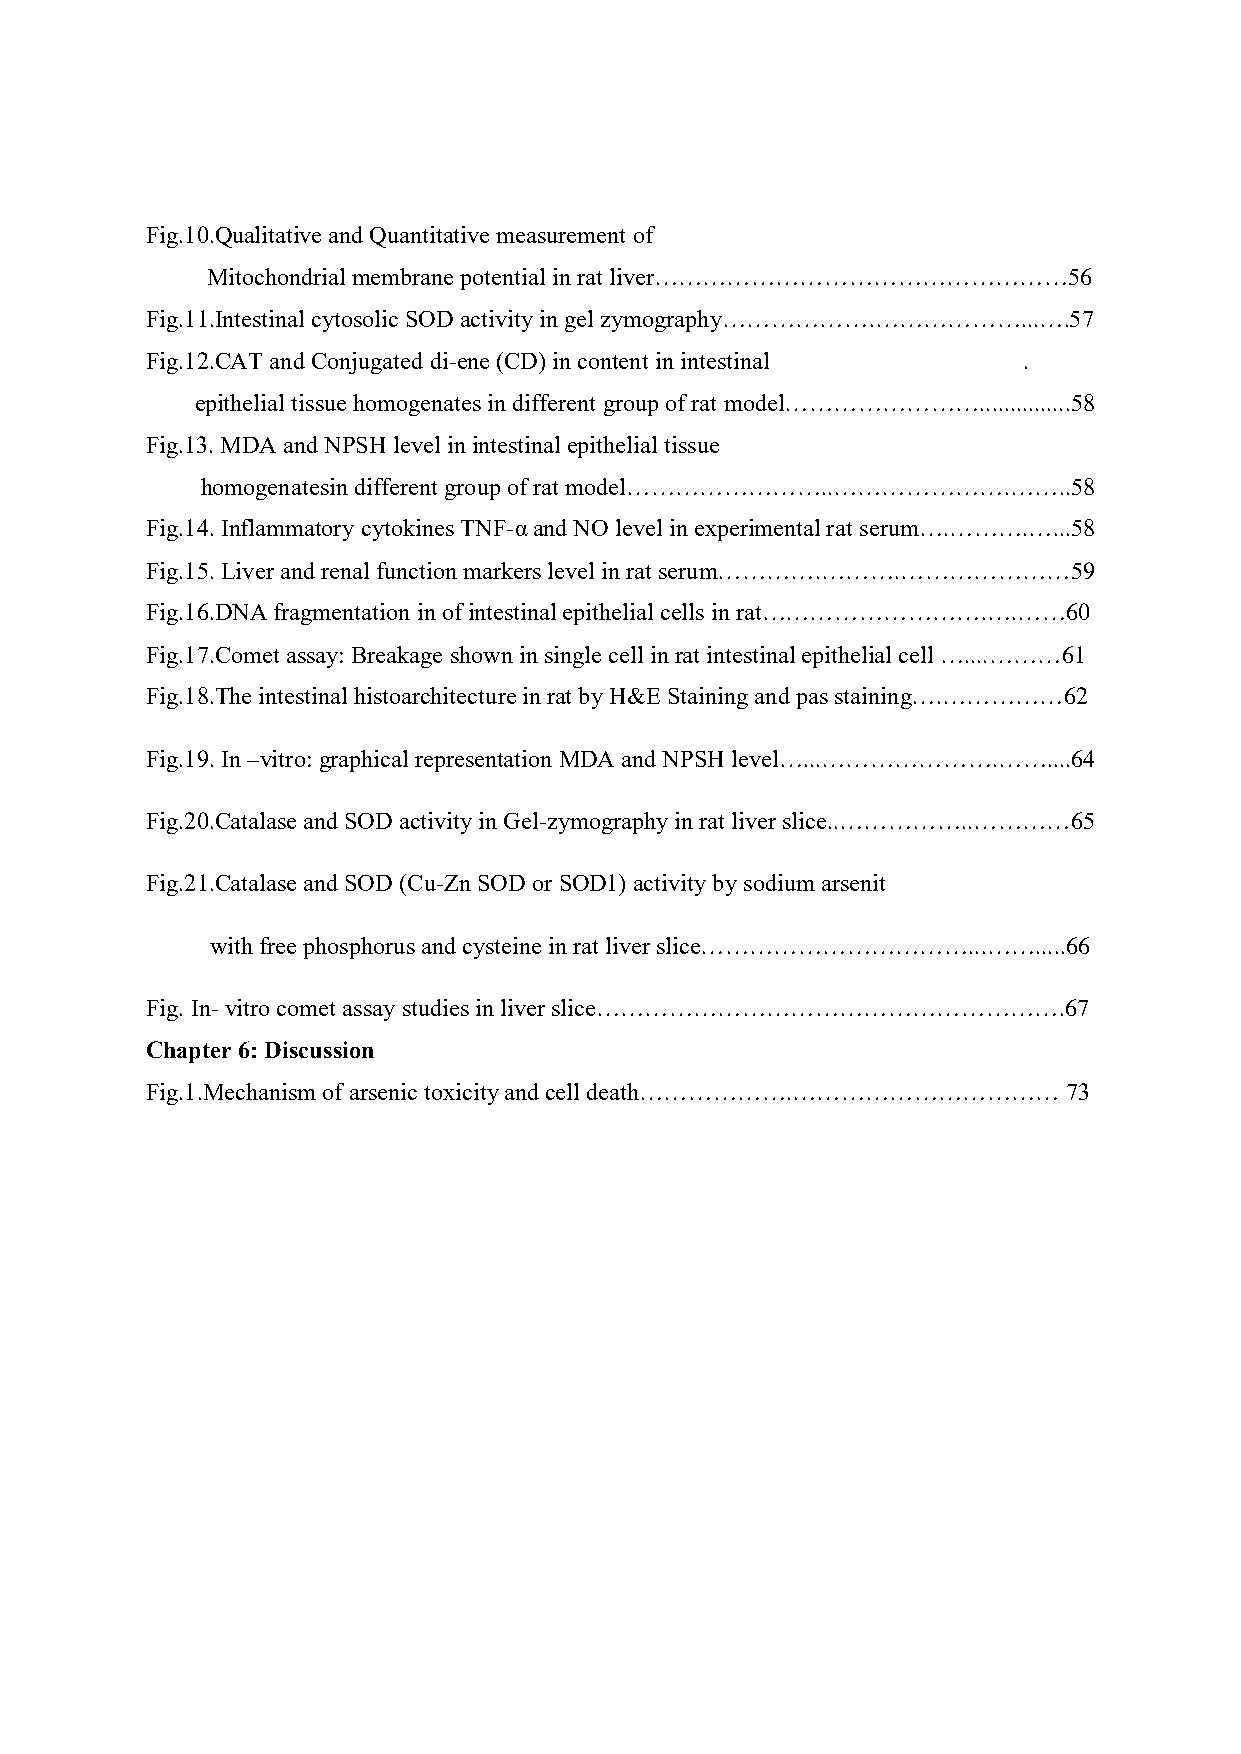
Fig.10.Qualitative and Quantitative measurement of
 Mitochondrial membrane potential in rat liver……………………………………………56
 Fig.11.Intestinal cytosolic SOD activity in gel zymography……………….………………...….57
 Fig.12.CAT and Conjugated di-ene (CD) in content in intestinal .
 epithelial tissue homogenates in different group of rat model……………………...............58
 Fig.13. MDA and NPSH level in intestinal epithelial tissue
 homogenatesin different group of rat model……………………..………………….……..58
 Fig.14. Inflammatory cytokines TNF-α and NO level in experimental rat serum….……….…...58
 Fig.15. Liver and renal function markers level in rat serum………….……….…………………59
 Fig.16.DNA fragmentation in of intestinal epithelial cells in rat……………………….….……60
 Fig.17.Comet assay: Breakage shown in single cell in rat intestinal epithelial cell …....………61
 Fig.18.The intestinal histoarchitecture in rat by H&E Staining and pas staining….……………62
 Fig.19. In –vitro: graphical representation MDA and NPSH level…...………………….……....64
 Fig.20.Catalase and SOD activity in Gel-zymography in rat liver slice..……………..…………65
 Fig.21.Catalase and SOD (Cu-Zn SOD or SOD1) activity by sodium arsenit
 with free phosphorus and cysteine in rat liver slice……………………………...…….....66
 Fig. In- vitro comet assay studies in liver slice………………………………………………….67
 Chapter 6: Discussion
 Fig.1.Mechanism of arsenic toxicity and cell death……………….…………………………… 73